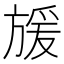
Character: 𭤿